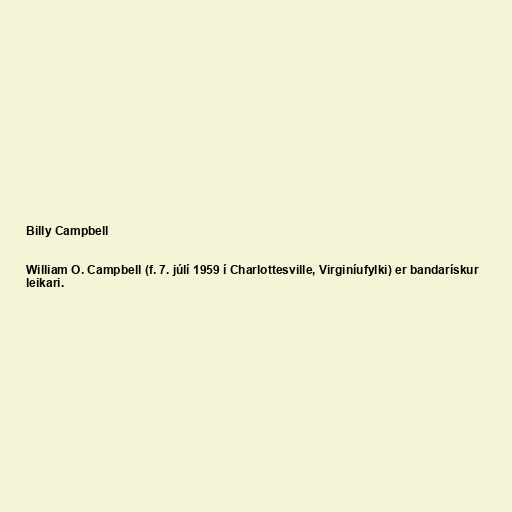
Billy Campbell

William O. Campbell (f. 7. júlí 1959 í Charlottesville, Virginíufylki) er bandarískur
leikari.